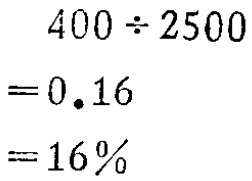
\[

\begin{align*}

400\div2500&=0.16\\

&=16\%

\end{align*}

\]